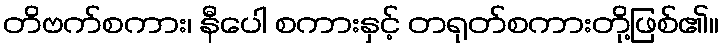
တိဗက်စကား၊ နီပေါ စကားနှင့် တရုတ်စကားတို့ဖြစ်၏။